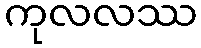
ကုလလဿ